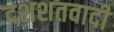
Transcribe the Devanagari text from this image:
दशशतवादी